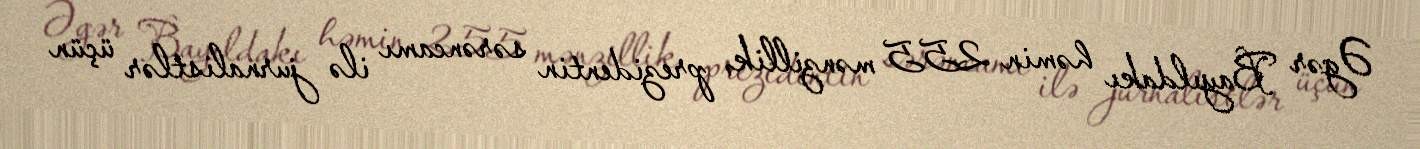
Əgər Bayıldakı həmin 255 mənzillik, prezidentin sərəncamı ilə jurnalistlər üçün